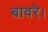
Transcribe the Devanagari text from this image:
बावरे।